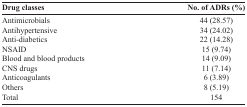
| Drug classes | No. of ADRs (%) |
 | --- | --- |
 | Antimicrobials | 44 (28.57) |
 | Antihypertensive | 34 (24.02) |
 | Anti-diabetics | 22 (14.28) |
 | NSAID | 15 (9.74) |
 | Blood and blood products | 14 (9.09) |
 | CNS drugs | 11 (7.14) |
 | Anticoagulants | 6 (3.89) |
 | Others | 8 (5.19) |
 | Total | 154 |